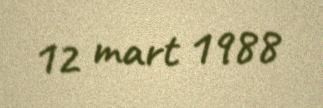
12 mart 1988